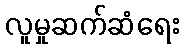
လူမှုဆက်ဆံရေး